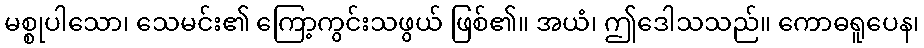
မစ္စုပါသော၊ သေမင်း၏ ကြော့ကွင်းသဖွယ် ဖြစ်၏။ အယံ၊ ဤဒေါသသည်။ ကောဓရူပေန၊